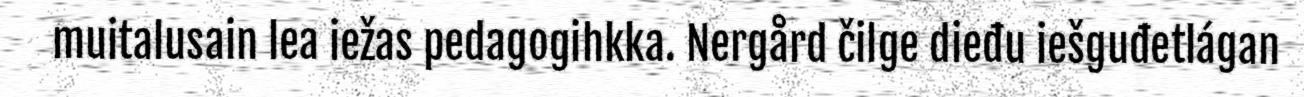
muitalusain lea iežas pedagogihkka. Nergård čilge dieđu iešguđetlágan